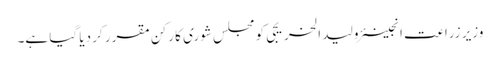
وزیر زراعت انجینئر ولید الخریجی کو مجلس شوری کا رکن مقرر کر دیا گیا ہے۔